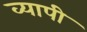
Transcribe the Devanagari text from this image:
व्‍यापी